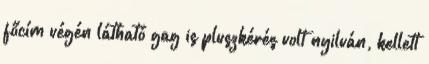
főcím végén látható gag is pluszkérés volt nyilván, kellett